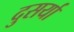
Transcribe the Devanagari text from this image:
दुसर्या